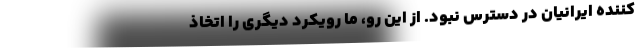
کننده ایرانیان در دسترس نبود. از این رو، ما رویکرد دیگری را اتخاذ